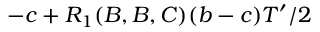
- c + R _ { 1 } ( B , B , C ) ( b - c ) T ^ { \prime } / 2